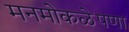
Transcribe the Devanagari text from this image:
मनमोकळेपणा